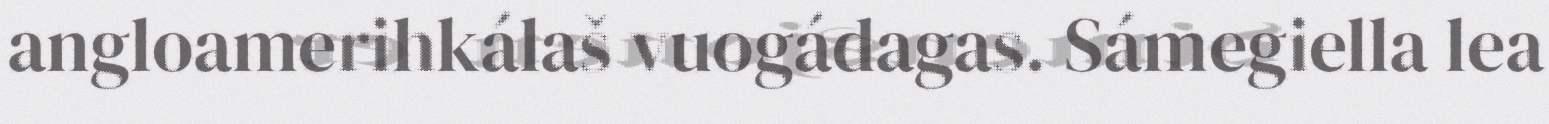
angloamerihkálaš vuogádagas. Sámegiella lea